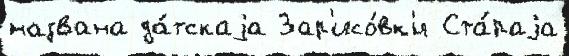
названа да́тскаjа Зар'исо́вк'и Ста́раjа